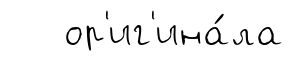
ор'иг'ина́ла